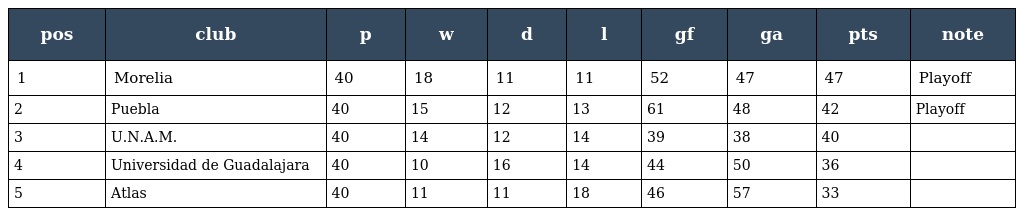
| pos | club | p | w | d | l | gf | ga | pts | note |
 | --- | --- | --- | --- | --- | --- | --- | --- | --- | --- |
 | 1 | Morelia | 40 | 18 | 11 | 11 | 52 | 47 | 47 | Playoff |
 | 2 | Puebla | 40 | 15 | 12 | 13 | 61 | 48 | 42 | Playoff |
 | 3 | U.N.A.M. | 40 | 14 | 12 | 14 | 39 | 38 | 40 |  |
 | 4 | Universidad de Guadalajara | 40 | 10 | 16 | 14 | 44 | 50 | 36 |  |
 | 5 | Atlas | 40 | 11 | 11 | 18 | 46 | 57 | 33 |  |